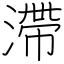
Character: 滯